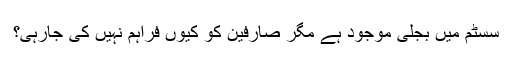
سسٹم میں بجلی موجود ہے مگر صارفین کو کیوں فراہم نہیں کی جارہی؟